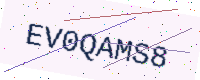
Text: EV0QAMS8